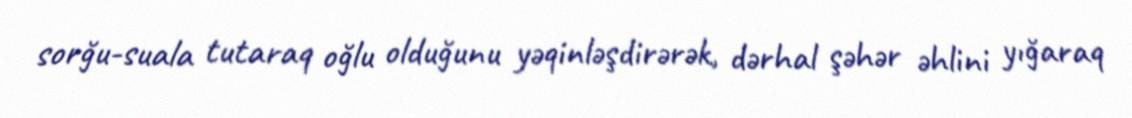
sorğu-suala tutaraq oğlu olduğunu yəqinləşdirərək, dərhal şəhər əhlini yığaraq